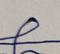
Signature authenticity: forged